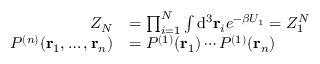
{ \begin{array} { r l } { Z _ { N } } & { = \prod _ { i = 1 } ^ { N } \int \mathrm { d } ^ { 3 } \mathbf { r } _ { i } e ^ { - \beta U _ { 1 } } = Z _ { 1 } ^ { N } } \\ { P ^ { ( n ) } ( \mathbf { r } _ { 1 } , \dots , \mathbf { r } _ { n } ) } & { = P ^ { ( 1 ) } ( \mathbf { r } _ { 1 } ) \cdots P ^ { ( 1 ) } ( \mathbf { r } _ { n } ) } \end{array} }